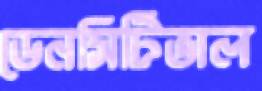
ডেনসিটিভাল